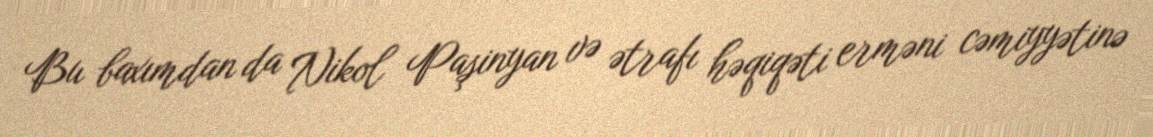
Bu baxımdan da Nikol Paşinyan və ətrafı həqiqəti erməni cəmiyyətinə